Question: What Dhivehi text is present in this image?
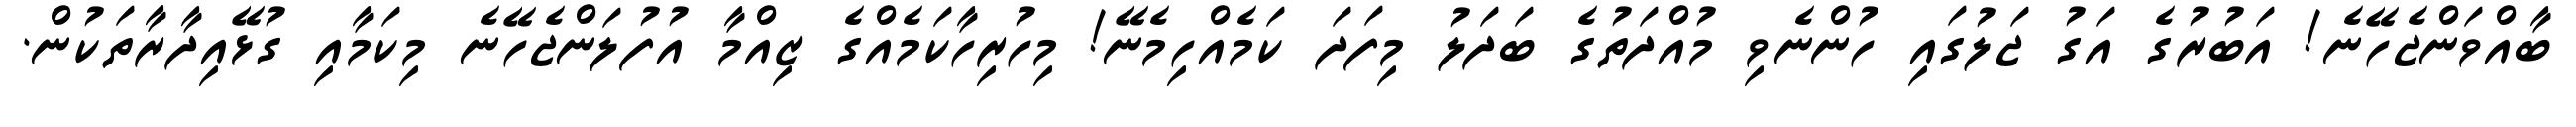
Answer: ބާއްވަންޖެހޭނެ! އަބުރުގެ އަގު ޖަލުގައި ހުންނެވި މުއްދަތުގެ ބަދަލު މިފަދަ ކަމެއްހިމެނޭ! މިހުރިހާކަމެއްގެ ޒިއްމާ އުފުލަންޖެހޭނެ މިކަމާއި ގުޅޭއިދާރާތަކުން.